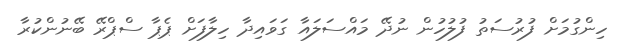
ހިންގުމަށް ފުރުސަތު ފުލުހުން ނުދޭ މައްސަލައާ ގަވައިދާ ހިލާފަށް ޕެޕާ ސްޕްރޭ ބޭނުންކުރާ